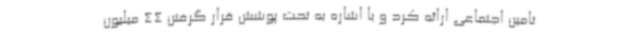
تامین اجتماعی ارائه کرد و با اشاره به تحت پوشش قرار گرفتن 44 میلیون